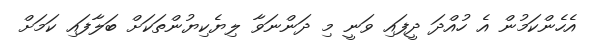
އެހެންކަމުން އެ ހުއްދަ ދީފައި ވަނީ މި ދަންނަވާ ލިޔެކިޔުންތަކަށް ބަލާފައި ކަމަށް